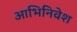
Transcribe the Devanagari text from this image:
आभिनिवेश